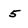
Character: 5